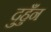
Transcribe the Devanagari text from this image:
दुहुँन